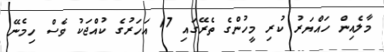
މާލެއިން ހައްޔަރު ކުރި މީހުންގެ ތެރޭގައި 17 އަހަރުގެ ކުއްޖަކު ވެސް ހިމެނޭ